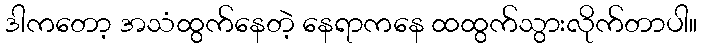
ဒါကတော့ အသံထွက်နေတဲ့ နေရာကနေ ထထွက်သွားလိုက်တာပါ။